Reports on military cantonments and civil stations in the Presidency of Bombay inspected by the Sanitary Commissioner in the years 1875 and 1876
Year: 1875
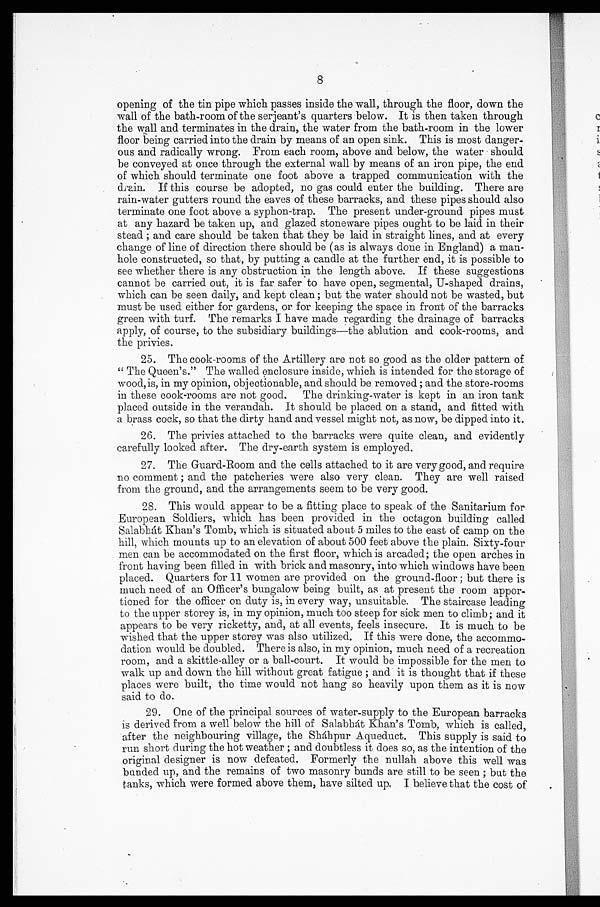
8
opening of the tin pipe which passes inside the wall, through the floor, down the
wall of the bath-room of the serjeant's quarters below. It is then taken through
the wall and terminates in the drain, the water from the bath-room in the lower
floor being carried into the drain by means of an open sink. This is most danger-
ous and radically wrong. From each room, above and below, the water should
be conveyed at once through the external wall by means of an iron pipe, the end
of which should terminate one foot above a trapped communication with the
drain. If this course be adopted, no gas could enter the building. There are
rain-water gutters round the eaves of these barracks, and these pipes should also
terminate one foot above a syphon-trap. The present under-ground pipes must
at any hazard be taken up, and glazed stoneware pipes ought to be laid in their
stead ; and care should be taken that they be laid in straight lines, and at every
change of line of direction there should be (as is always done in England) a man-
hole constructed, so that, by putting a candle at the further end, it is possible to
see whether there is any obstruction in the length above. If these suggestions
cannot be carried out, it is far safer to have open, segmental, U-shaped drains,
which can be seen daily, and kept clean; but the water should not be wasted, but
must be used either for gardens, or for keeping the space in front of the barracks
green with turf. The remarks I have made regarding the drainage of barracks
apply, of course, to the subsidiary buildings—the ablution and cook-rooms, and
the privies.
25. The cook-rooms of the Artillery are not so good as the older pattern of
"The Queen's." The walled enclosure which is intended for the storage of
wood, is, in my opinion, objectionable, and should be removed ; and the store-rooms
in these cook-rooms are not good. The drinking-water is kept in an iron tank
placed outside in the verandah. It should be placed on a stand, and fitted with
a brass cock, so that the dirty hand and vessel might not, as now, be dipped into it.
26. The privies attached to the barracks were quite clean, and evidently
carefully looked after. The dry-earth system is employed.
27. The Guard-Room and the cells attached to it are very good, and require
no comment ; and the patcheries were also very clean. They are well raised
from the ground, and the arrangements seem to be very good.
28. This would appear to be a fitting place to speak of the Sanitarium for
European Soldiers, which has been provided in the octagon building called
Salabhat Khan's Tomb, which is situated about 5 miles to the east of camp on the
hill, which mounts up to an elevation of about 500 feet above the plain. Sixty-four
men can be accommodated on the first floor, which is arcaded; the open arches in
front having been filled in with brick and masonry, into which windows have been
placed. Quarters for 11 women are provided on the ground-floor ; but there is
much need of an Officer's bungalow being built, as at present the room appor-
tioned for the officer on duty is, in every way, unsuitable. The staircase leading
to the upper storey is, in my opinion, much too steep for sick men to climb; and it
appears to be very ricketty, and, at all events, feels insecure. It is much to be
wished that the upper storey was also utilized. If this were done, the accommo-
dation would be doubled. There is also, in my opinion, much need of a recreation
room, and a skittle-alley or a ball-court. It would be impossible for the men to
walk up and down the hill without great fatigue ; and it is thought that if these
places were built, the time would not hang so heavily upon them as it is now
said to do.
29. One of the principal sources of water-supply to the European barracks
is derived from a well below the hill of Salabhat Khan's Tomb, which is called,
after the neighbouring village, the Shahpur Aqueduct. This supply is said to
run short during the hot weather ; and doubtless it does so, as the intention of the
original designer is now defeated. Formerly the nullah above this well was
bunded up, and the remains of two masonry bunds are still to be seen ; but the
tanks, which were formed above them, have silted up. I believe that the cost of